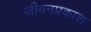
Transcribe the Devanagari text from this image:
जीवनप्रकाश